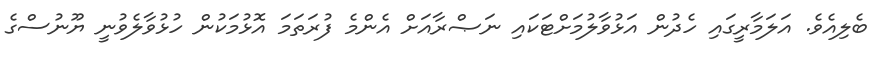
ބެލިއެވެ. އަލަމާރީގައި ހެދުން އަޅުވާލުމަށްޓަކައި ނަޞްރާއަށް އެންމެ ފުރަތަމަ އޮޅުމަކުން ހުޅުވާލެވުނީ ޔޫނުސްގެ